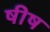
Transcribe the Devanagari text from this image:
षीष